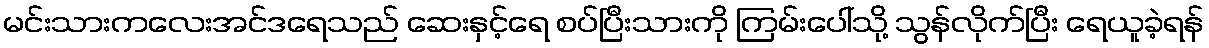
မင်းသားကလေးအင်ဒရေသည် ဆေးနှင့်ရေ စပ်ပြီးသားကို ကြမ်းပေါ်သို့ သွန်လိုက်ပြီး ရေယူခဲ့ရန်